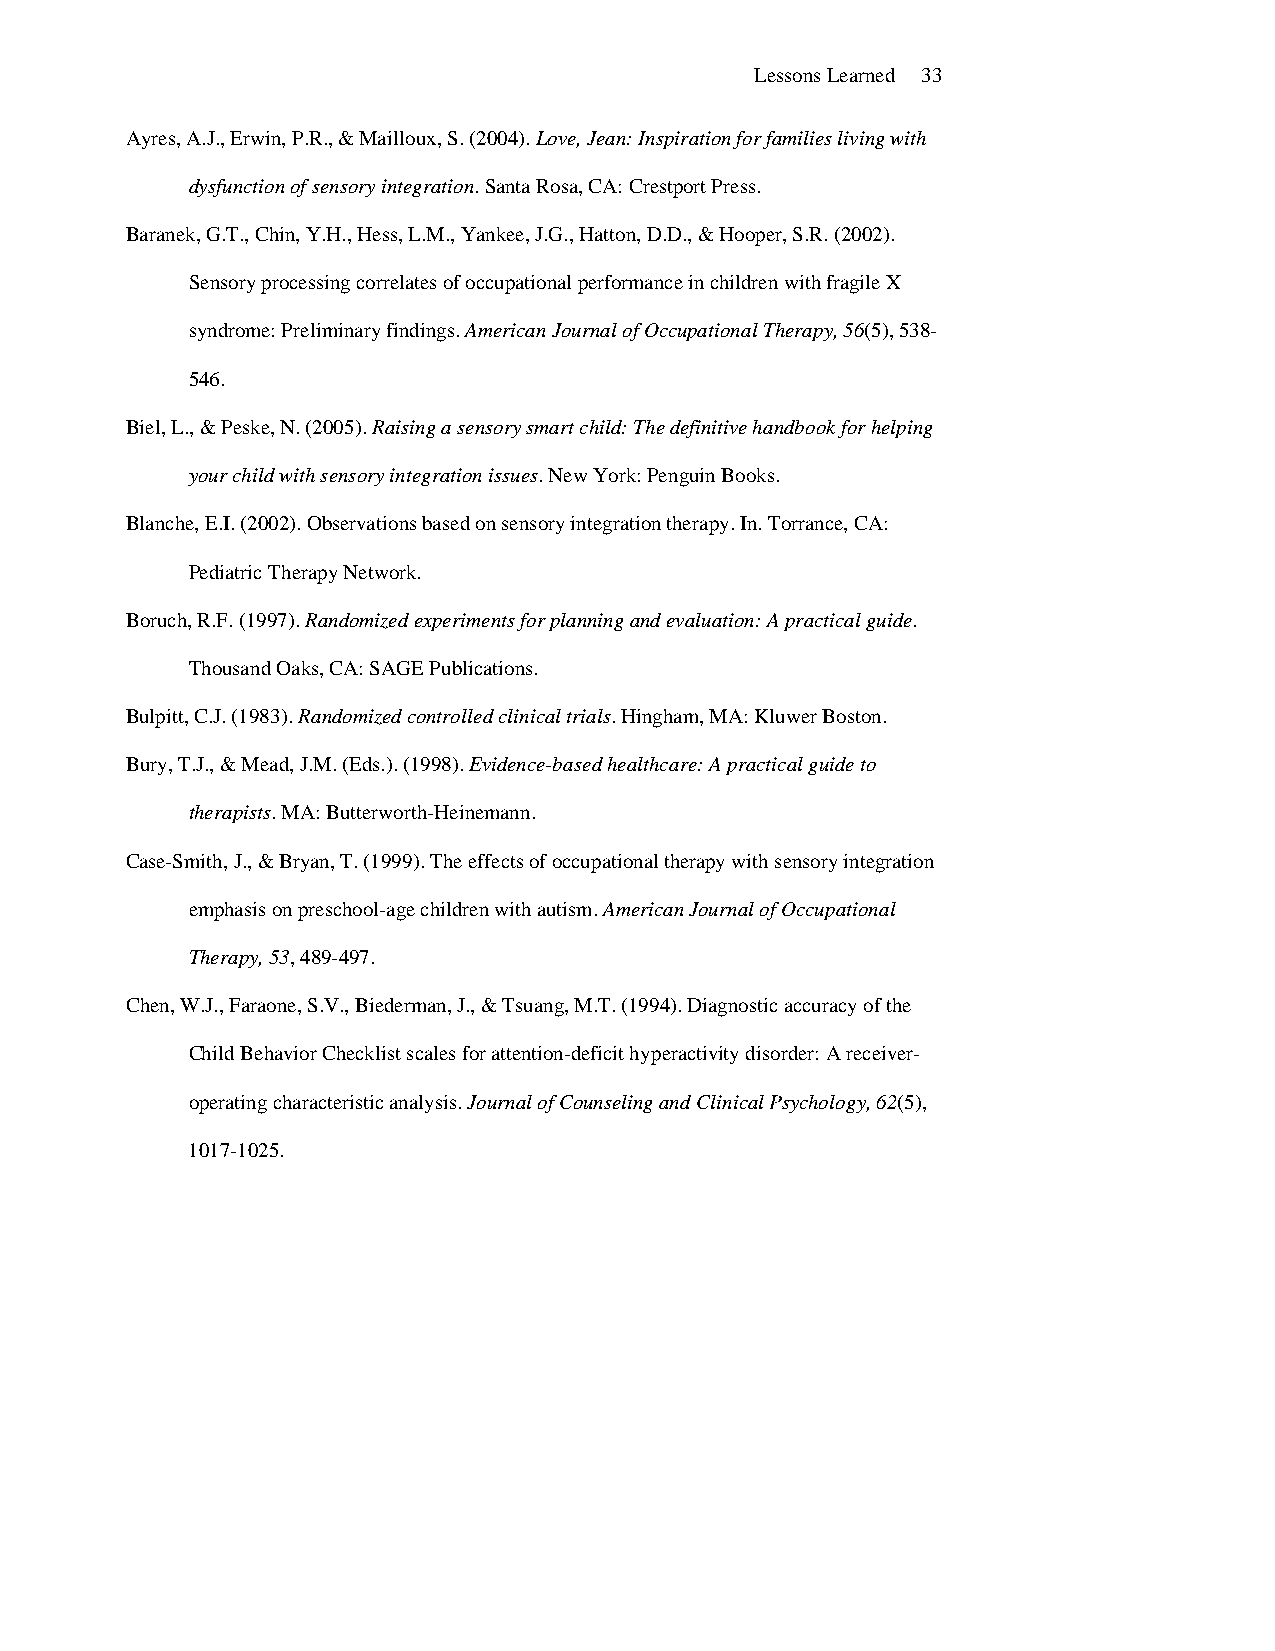
Lessons Learned 33
 Ayres, A.J., Erwin, P.R., & Mailloux, S. (2004). Love, Jean: Inspiration for families living with
 dysfunction of sensory integration. Santa Rosa, CA: Crestport Press.
 Baranek, G.T., Chin, Y.H., Hess, L.M., Yankee, J.G., Hatton, D.D., & Hooper, S.R. (2002).
 Sensory processing correlates of occupational performance in children with fragile X
 syndrome: Preliminary findings. American Journal of Occupational Therapy, 56(5), 538-
 546.
 Biel, L., & Peske, N. (2005). Raising a sensory smart child: The definitive handbook for helping
 your child with sensory integration issues. New York: Penguin Books.
 Blanche, E.I. (2002). Observations based on sensory integration therapy. In. Torrance, CA:
 Pediatric Therapy Network.
 Boruch, R.F. (1997). Randomized experiments for planning and evaluation: A practical guide.
 Thousand Oaks, CA: SAGE Publications.
 Bulpitt, C.J. (1983). Randomized controlled clinical trials. Hingham, MA: Kluwer Boston.
 Bury, T.J., & Mead, J.M. (Eds.). (1998). Evidence-based healthcare: A practical guide to
 therapists. MA: Butterworth-Heinemann.
 Case-Smith, J., & Bryan, T. (1999). The effects of occupational therapy with sensory integration
 emphasis on preschool-age children with autism. American Journal of Occupational
 Therapy, 53, 489-497.
 Chen, W.J., Faraone, S.V., Biederman, J., & Tsuang, M.T. (1994). Diagnostic accuracy of the
 Child Behavior Checklist scales for attention-deficit hyperactivity disorder: A receiver-
 operating characteristic analysis. Journal of Counseling and Clinical Psychology, 62(5),
 1017-1025.